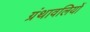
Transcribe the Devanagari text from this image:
ग्रंथावलियों